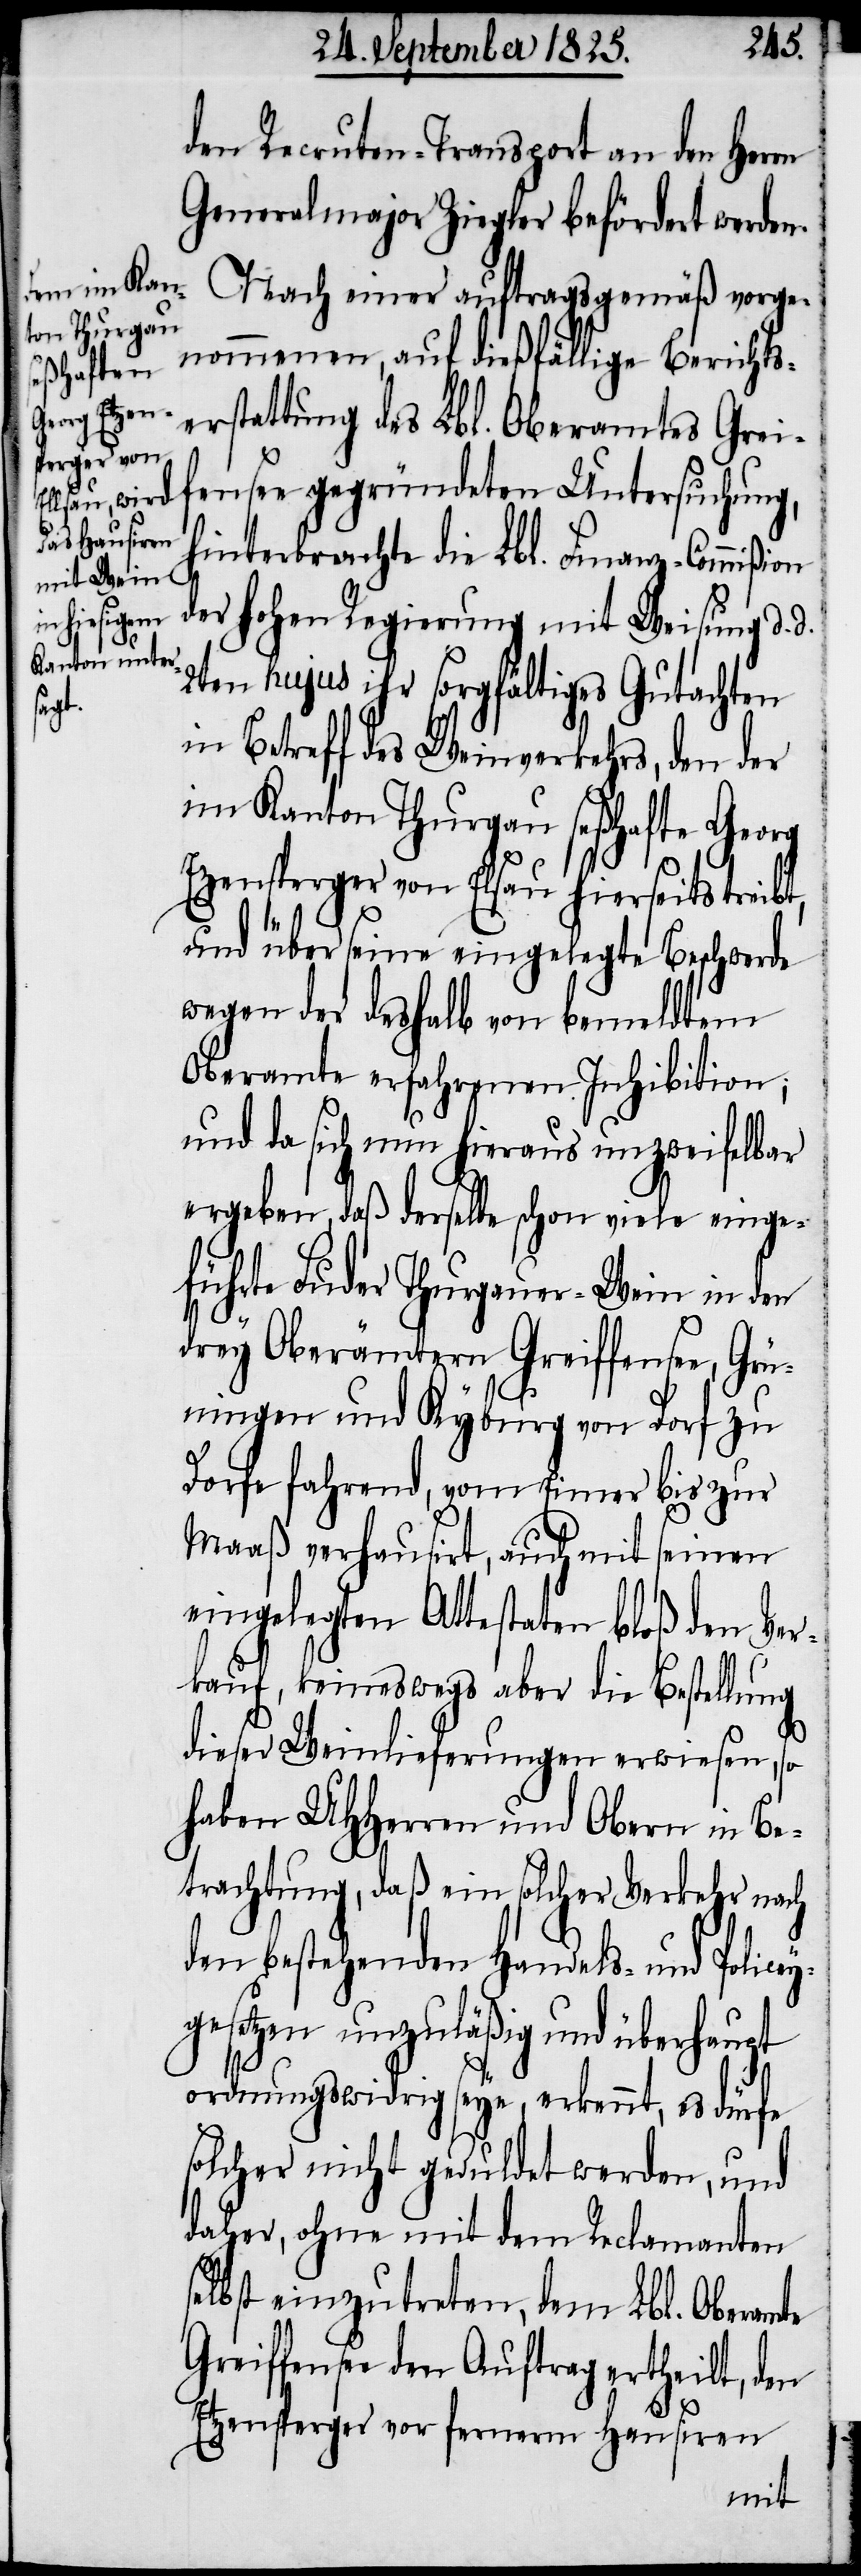
den Recruten-Transport an den Herrn
Generalmajor Ziegler befördert werden.
Nach einer auftragsgemäß vorge¬
nommenen, auf dießfällige Berichts¬
erstattung des Lbl. Oberamtes Grei¬
fensee gegründeten Untersuchung,
hinterbrachte die Lbl. Finanz-Commißion
der hohen Regierung mit Weisung d. d.
2ten hujus ihr sorgfältiges Gutachten
in Betreff des Weinverkehrs, den der
im Kanton Thurgau seßhafte Georg
Etzensperger von Elsau hierseits treibt,
und über seine eingelegte Beschwerde
wegen der deshalb von bemeldtem
Oberamte erfahrenen Inhibition;
und da sich nun hieraus unzweifelbar
ergeben, daß derselbe schon viele einge¬
führte Luder Thurgauer-Wein in den
drey Oberämtern Greiffensee, Grü¬
ningen und Kyburg von Dorf zu
Dorfe fahrend, vom Eimer bis zur
Maaß verhausirt, auch mit seinen
eingelegten Attestaten bloß den Ver¬
kauf, keineswegs aber die Bestellung
dieser Weinlieferungen erwiesen, so
haben UHHerren und Obern in Be¬
trachtung, daß ein solcher Verkehr nach
den bestehenden Handels- und Police¬
ygesetzen unzuläßig und überhaupt
ordnungswidrig seye, erkennt, es dürfe
solcher nicht geduldet werden, und
daher, ohne mit dem Reclamanten
selbst einzutreten, dem Lbl. Oberamte
Greiffensee den Auftrag ertheilt, den
Etzensperger vor fernerm Hausiren